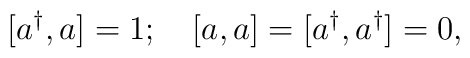
\lbrack a^{\dagger },a]=1;\quad \left[ a,a\right] =[a^{\dagger },a^{\dagger}]=0,